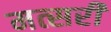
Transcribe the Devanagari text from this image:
मत्सरी